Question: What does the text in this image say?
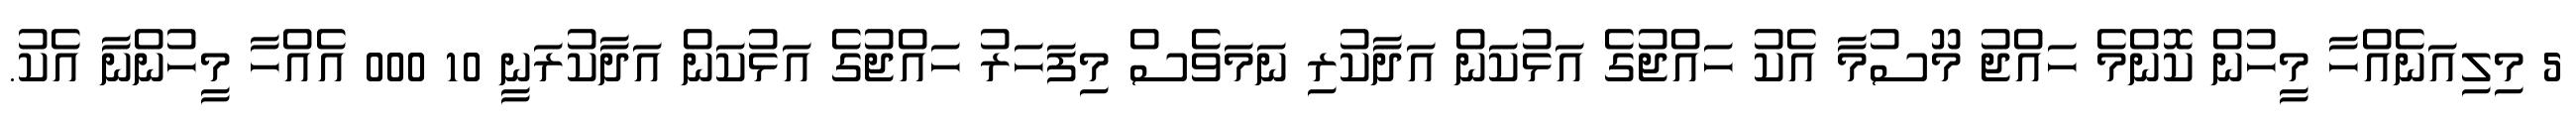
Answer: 5 މިލިއަނެއްހާ މީހުން ކޮންމެ ހައްޖު މޫސުމާ އެކު ހައްޖުގެ އަޅުކަން އަދާކުރި ނަމަވެސް މިފަހަރު ހައްޖުގެ އަޅުކަން އަދާކުރަނީ 10 000 އެއްހާ މީހުންނާ އެކު.